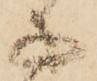
子